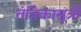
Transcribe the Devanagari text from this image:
तंत्रिकासूत्रों